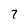
Character: 7